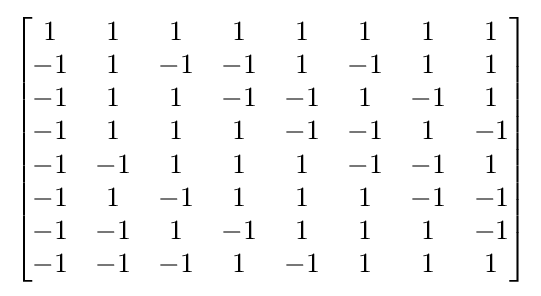
{\begin{bmatrix}1&1&1&1&1&1&1&1\\-1&1&-1&-1&1&-1&1&1\\-1&1&1&-1&-1&1&-1&1\\-1&1&1&1&-1&-1&1&-1\\-1&-1&1&1&1&-1&-1&1\\-1&1&-1&1&1&1&-1&-1\\-1&-1&1&-1&1&1&1&-1\\-1&-1&-1&1&-1&1&1&1\end{bmatrix}}